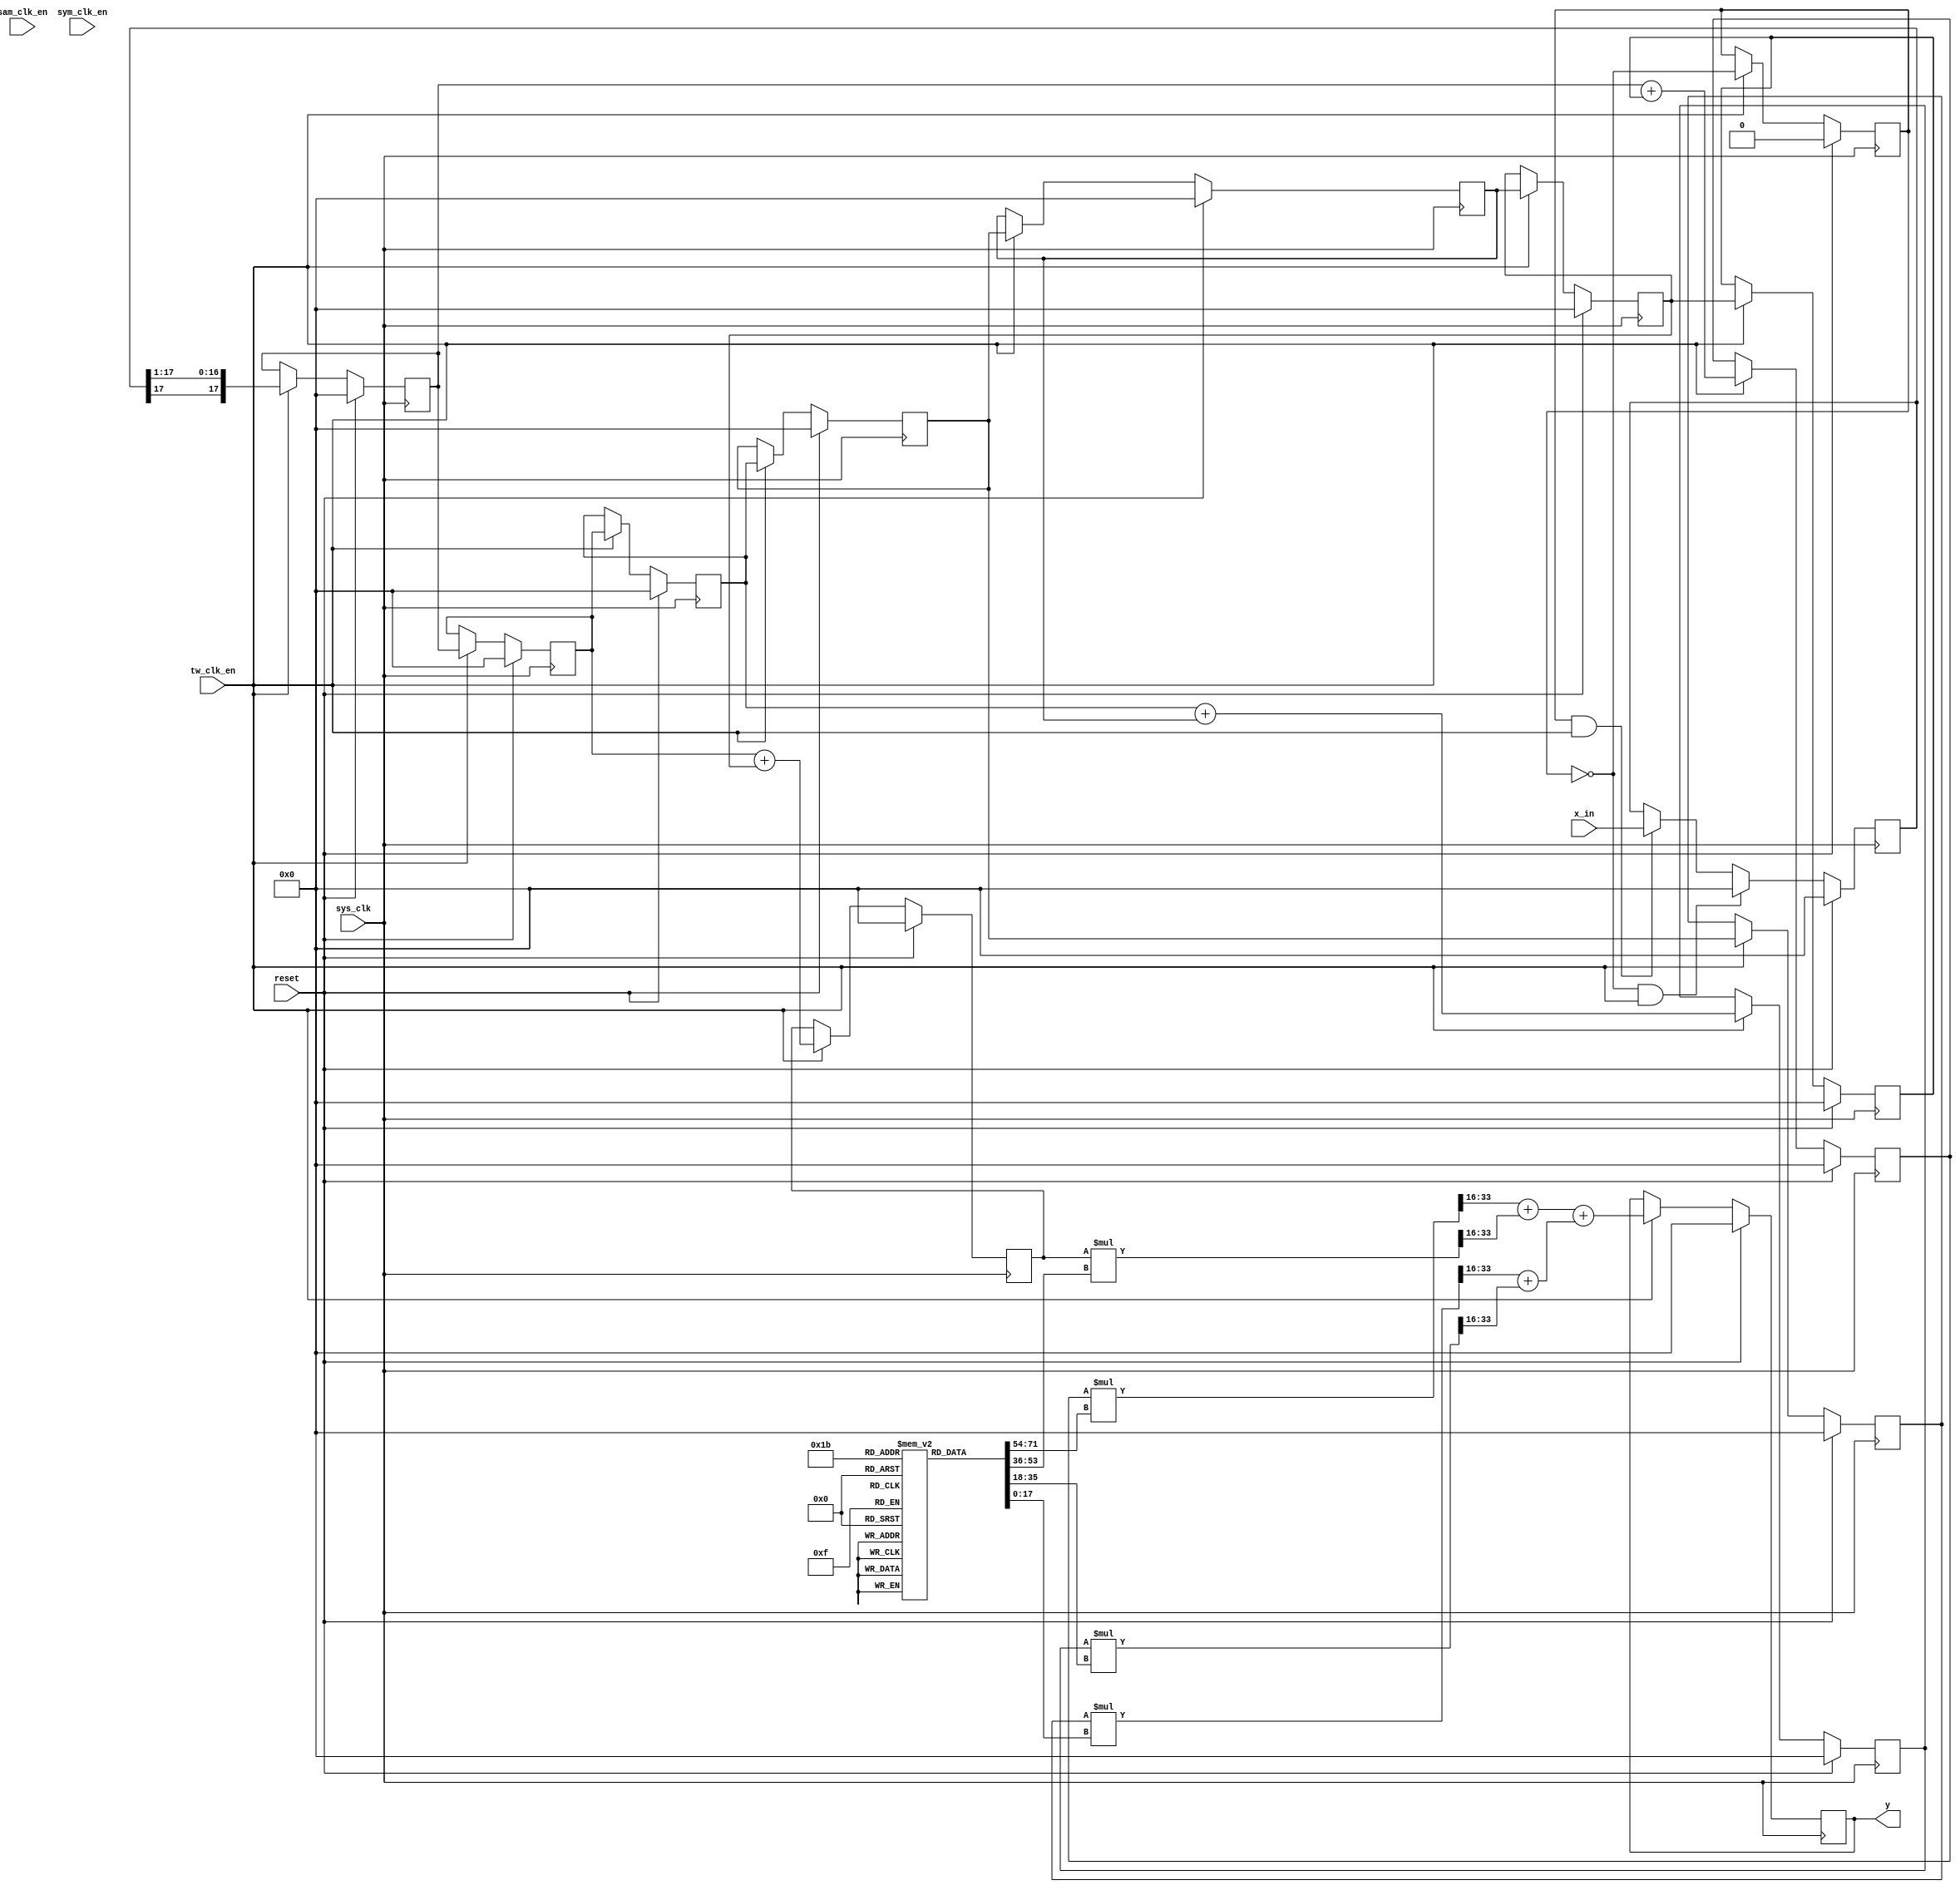
module upsample_mult (
	input reset, sam_clk_en, sym_clk_en, sys_clk, tw_clk_en,
	input signed[17:0] x_in,
	output reg signed[17:0] y
	);
	
integer i;
(* noprune *)reg signed [17:0]	b[3:0];		 
(* noprune *)reg signed [17:0]	x[6:0];	
(* noprune *)reg signed [17:0] sum_level_1[3:0];
(* noprune *)reg signed [35:0] mult_out[3:0];
(* noprune *)reg signed [17:0] sum_level_2[1:0];
(* noprune *)reg signed [17:0] sum_level_3, x_up; 
(* noprune *)reg up_counter;

//initial begin
//up_counter = 1'b0;
//x_up = 18'sd0;
//sum_level_2[0] = 18'sd0;
//sum_level_2[1] = 18'sd0;
//sum_level_3 = 18'sd0;
//end

// up counter changes on 12.5 MHz clk
always @ (posedge sys_clk)
		if (reset)
			up_counter <= 1'd0;
		else if (tw_clk_en)
			up_counter <= ~up_counter;
		else
			up_counter <= up_counter;

always @ (posedge sys_clk)
	if (reset)
		x_up <= 18'sd0;
	else if ((up_counter == 1'd0)  && tw_clk_en)
		x_up <= 18'sd0;
	else if ((up_counter == 1'd1)  && tw_clk_en)
		x_up <= x_in;
	else 
		x_up <= x_up;


always @ (posedge sys_clk)
	if (reset)
		x[0] <= 18'sd0;
	else if (tw_clk_en)
		//x[0] <= x_up;
		x[0] <= $signed({ x_up[17], x_up[17:1]});

// chain of 105 registers to cycle through x_in at each sample clk
always @ (posedge sys_clk)
	if (reset == 1'b1)
	begin
		for(i=1; i<7; i = i+1)
			x[i] <= 18'sd0;
	end
	else if (tw_clk_en)
//	else
	begin
		for(i=1; i<7; i = i+1)
			x[i] <= x[i-1];
	end

	
//sum the registers with common coefficients
always @ (posedge sys_clk)
	if (reset)
		begin
		for(i=0;i<=2;i=i+1)
			sum_level_1[i] <= 18'sd0;
		end
	else if (tw_clk_en == 1'b1)
		begin
		for(i=0;i<=2;i=i+1)
			sum_level_1[i] <= x[i] + x[6-i];
		end
	
//center reg
always @ (posedge sys_clk)
	if (reset)
		sum_level_1[3] <= 18'sd0;
	else if (tw_clk_en)
		sum_level_1[3] <= x[3];

	
// multiply inputs by coeff
always @ *
	for (i = 0; i <= 3; i = i + 1)	
		mult_out[i] = sum_level_1[i] * b[i];
	
// sums
always @ *
begin
//	sum_level_2[0] = $signed(mult_out[0][34:17]) + $signed(mult_out[1][34:17]);
//	sum_level_2[1] = $signed(mult_out[3][34:17]) + $signed(mult_out[2][34:17]);
	sum_level_2[0] = $signed(mult_out[0][33:16]) + $signed(mult_out[1][33:16]);
	sum_level_2[1] = $signed(mult_out[3][33:16]) + $signed(mult_out[2][33:16]);
end

always @ *
	sum_level_3 = sum_level_2[0] + sum_level_2[1];

	
// output y
always @ (posedge sys_clk)
	if (reset)
		y <= 18'sd0;
	else if (tw_clk_en)
		y <= sum_level_3;

//----------------------------------------------------------------
// Coefficients from MATLAB
//----------------------------------------------------------------
initial begin
	b[0] = -18'sd2820;
	b[1] = 18'sd0;
	b[2] = 18'sd24575;
	b[3] = 18'sd43513;
end

endmodule